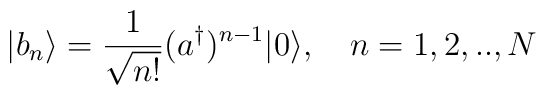
|b_n\rangle = \frac{1}{\sqrt{n!}}  (a^\dagger)^{n-1} |0\rangle, \quad n=1,2,..,N